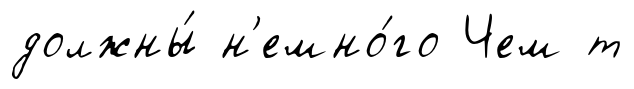
должны́ н'емно́го Чем т